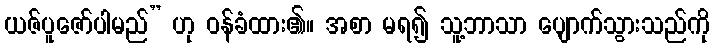
ယဇ်ပူဇော်ပါမည်” ဟု ဝန်ခံထား၏။ အစာ မရ၍ သူ့ဘာသာ ပျောက်သွားသည်ကို